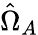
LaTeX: \hat{\Omega}_{A}